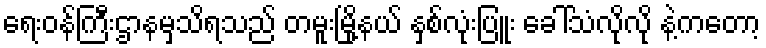
ရေးဝန်ကြီးဌာနမှသိရသည် တမူးမြို့နယ် နှစ်လုံးပြူး ခေါ်သံလိုလို နဲ့ကတော့